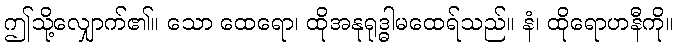
ဤသို့လျှောက်၏။ သော ထေရော၊ ထိုအနုရုဒ္ဓါမထေရ်သည်။ နံ၊ ထိုရောဟနီကို။